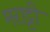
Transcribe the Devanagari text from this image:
मराट्टी